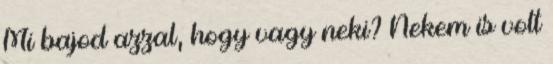
Mi bajod azzal, hogy vagy neki? Nekem is volt